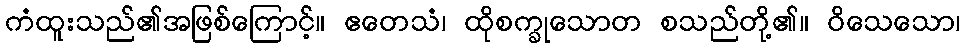
ကံထူးသည်၏အဖြစ်ကြောင့်။ ဧတေသံ၊ ထိုစက္ခုသောတ စသည်တို့၏။ ဝိသေသော၊